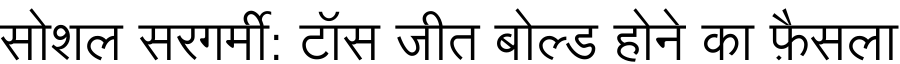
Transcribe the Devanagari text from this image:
सोशल सरगर्मी: टॉस जीत बोल्ड होने का फ़ैसला